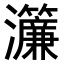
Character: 𤅄